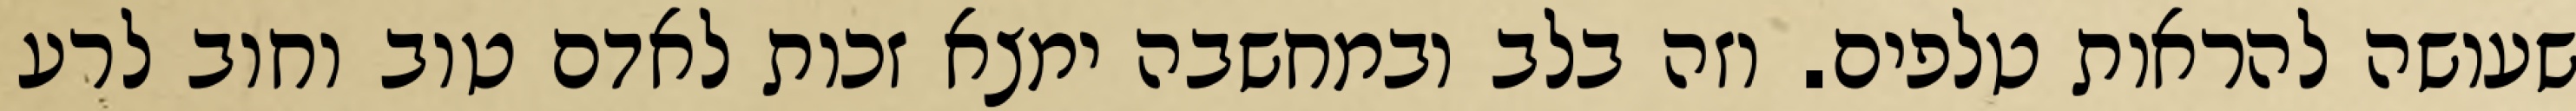
שעושה להראות טלפים. וזה בלב ובמחשבה ימצא זכות לאדם טוב וחוב לרע